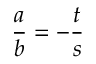
{ \frac { a } { b } } = - { \frac { t } { s } }